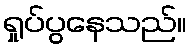
ရှုပ်ပွနေသည်။